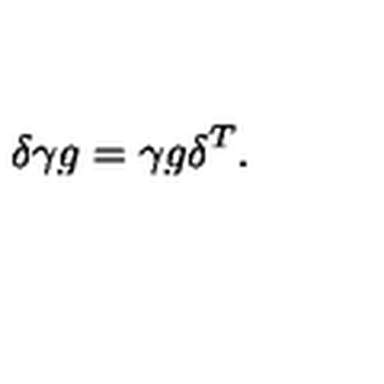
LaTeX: \delta \gamma g = \gamma g \delta ^ { T } .